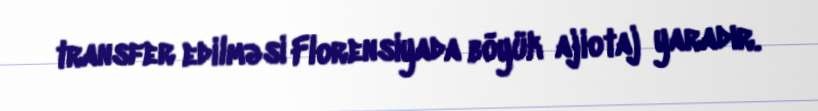
transfer edilməsi Florensiyada böyük ajiotaj yaradır.